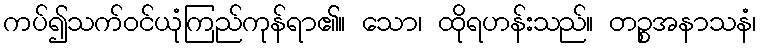
ကပ်၍သက်ဝင်ယုံကြည်ကုန်ရာ၏။ သော၊ ထိုရဟန်းသည်။ တဉ္စအနာသနံ၊